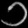
Digit: ၁